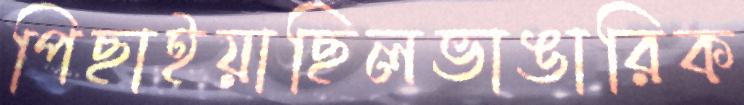
পিছাইয়াছিলভাঙারিক